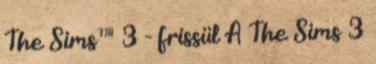
The Sims™ 3 - frissül A The Sims 3